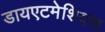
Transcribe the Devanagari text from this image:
डायएटमेशियस